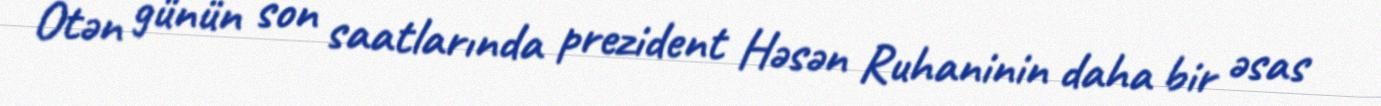
Ötən günün son saatlarında prezident Həsən Ruhaninin daha bir əsas